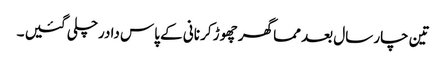
تین چار سال بعد مما گھر چھوڑ کر نانی کے پاس دادرچلی گئیں ۔